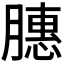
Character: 𫆵